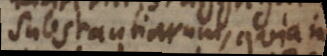
Substantiarum, quia